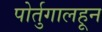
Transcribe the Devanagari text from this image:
पोर्तुगालहून